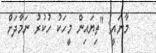
މާނައީ: "ތިޔައިން މީހަކު ހުކުރު ނަމާދަށް